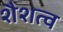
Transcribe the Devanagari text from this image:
शैशत्व